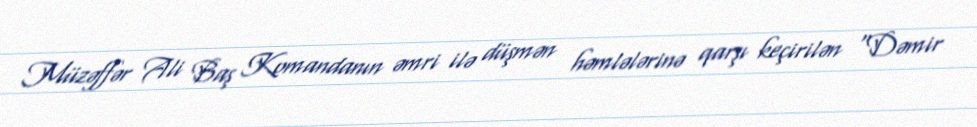
Müzəffər Ali Baş Komandanın əmri ilə düşmən həmlələrinə qarşı keçirilən “Dəmir